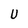
Character: U